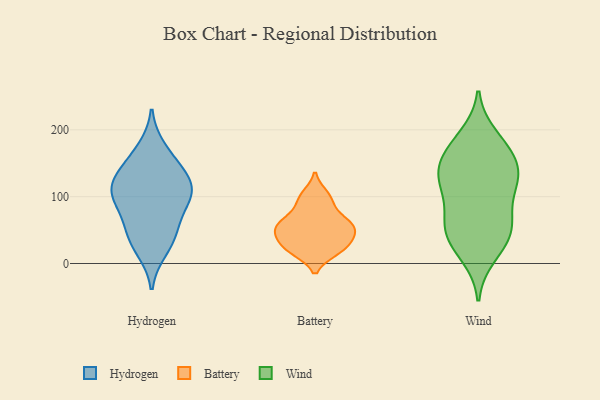
{"axis": {"x": "Bounce Rate (%)", "y": "Value"}, "legend": ["Battery", "Hydrogen", "Wind"], "data": [{"x": "", "y": 106, "type": "Hydrogen"}, {"x": "", "y": 47, "type": "Hydrogen"}, {"x": "", "y": 106, "type": "Hydrogen"}, {"x": "", "y": 171, "type": "Hydrogen"}, {"x": "", "y": 95, "type": "Hydrogen"}, {"x": "", "y": 21, "type": "Hydrogen"}, {"x": "", "y": 107, "type": "Hydrogen"}, {"x": "", "y": 38, "type": "Hydrogen"}, {"x": "", "y": 138, "type": "Hydrogen"}, {"x": "", "y": 68, "type": "Hydrogen"}, {"x": "", "y": 120, "type": "Hydrogen"}, {"x": "", "y": 147, "type": "Hydrogen"}, {"x": "", "y": 18, "type": "Battery"}, {"x": "", "y": 64, "type": "Battery"}, {"x": "", "y": 43, "type": "Battery"}, {"x": "", "y": 31, "type": "Battery"}, {"x": "", "y": 103, "type": "Battery"}, {"x": "", "y": 90, "type": "Battery"}, {"x": "", "y": 19, "type": "Battery"}, {"x": "", "y": 44, "type": "Battery"}, {"x": "", "y": 60, "type": "Battery"}, {"x": "", "y": 59, "type": "Battery"}, {"x": "", "y": 171, "type": "Wind"}, {"x": "", "y": 190, "type": "Wind"}, {"x": "", "y": 122, "type": "Wind"}, {"x": "", "y": 12, "type": "Wind"}, {"x": "", "y": 113, "type": "Wind"}, {"x": "", "y": 115, "type": "Wind"}, {"x": "", "y": 34, "type": "Wind"}, {"x": "", "y": 128, "type": "Wind"}, {"x": "", "y": 67, "type": "Wind"}, {"x": "", "y": 30, "type": "Wind"}, {"x": "", "y": 57, "type": "Wind"}, {"x": "", "y": 56, "type": "Wind"}, {"x": "", "y": 157, "type": "Wind"}, {"x": "", "y": 145, "type": "Wind"}, {"x": "", "y": 134, "type": "Wind"}, {"x": "", "y": 176, "type": "Wind"}, {"x": "", "y": 62, "type": "Wind"}]}